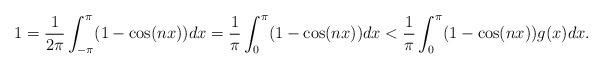
LaTeX: \begin{align*}1=\frac{1}{2\pi}\int_{-\pi}^{\pi}(1-\cos(nx))dx=\frac{1}{\pi}\int_{0}^{\pi}(1-\cos(nx))dx<\frac{1}{\pi}\int_{0}^{\pi}(1-\cos(nx))g(x)dx.\end{align*}